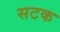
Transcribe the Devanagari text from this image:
सटक